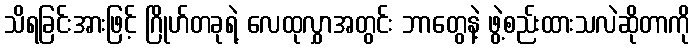
သိရခြင်းအားဖြင့် ဂြိုဟ်တခုရဲ့ လေထုလွှာအတွင်း ဘာတွေနဲ့ ဖွဲ့စည်းထားသလဲဆိုတာကို